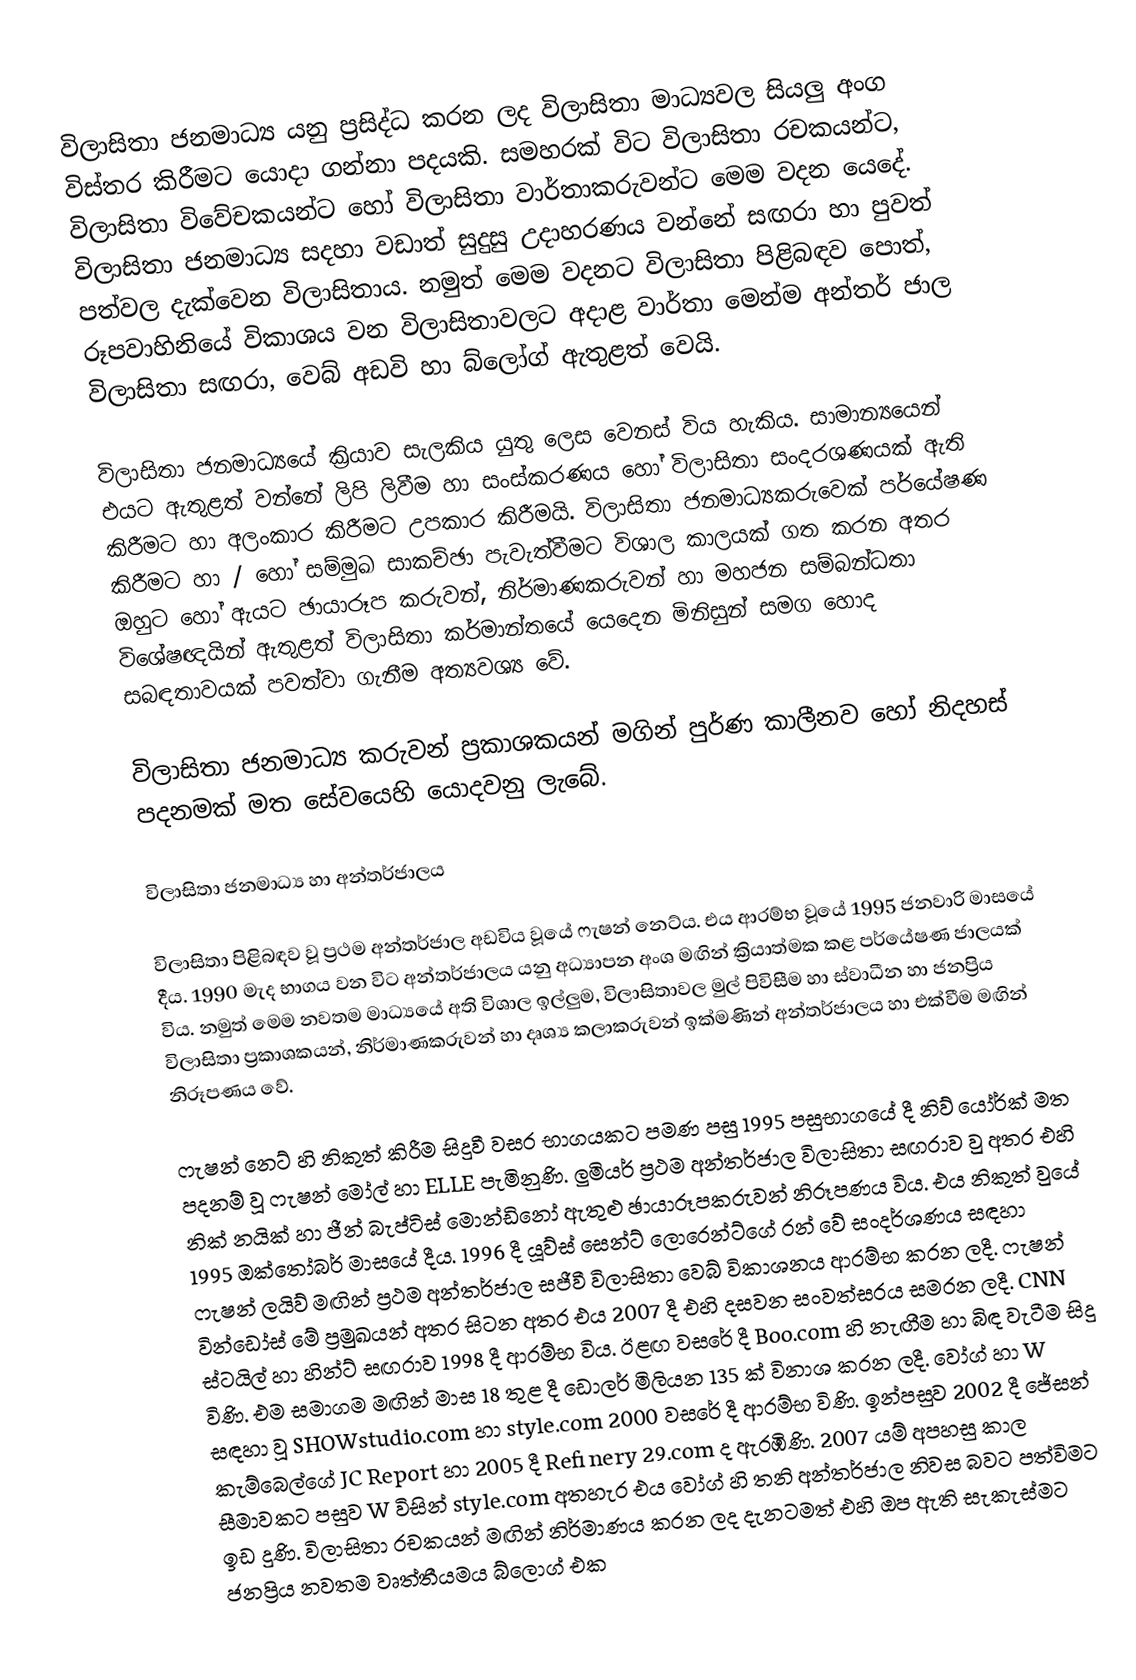
විලාසිතා ජනමාධ්‍ය යනු ප්‍රසිද්ධ කරන ලද විලාසිතා මාධ්‍යවල සියලු අංග විස්තර කිරීමට යොදා ගන්නා පදයකි. සමහරක් විට විලාසිතා රචකයන්ට, විලාසිතා විවේචකයන්ට හෝ විලාසිතා වාර්තාකරුවන්ට මෙම වදන යෙදේ. විලාසිතා ජනමාධ්‍ය සදහා වඩාත් සුදුසු උදාහරණය වන්නේ සඟරා හා පුවත් පත්වල දැක්වෙන විලාසිතාය. නමුත් මෙම වදනට විලාසිතා පිළිබඳව පොත්, රූපවාහිනියේ විකාශය වන විලාසිතාවලට අදාළ වාර්තා මෙන්ම අන්තර් ජාල විලාසිතා සඟරා, වෙබ් අඩවි හා බ්ලෝග් ඇතුළත් වෙයි.

විලාසිතා ජනමාධ්‍යයේ ක්‍රියාව සැලකිය යුතු ලෙස වෙනස් විය හැකිය. සාමාන්‍යයෙන් එයට ඇතුළත් වන්නේ ලිපි ලිවීම හා සංස්කරණය හෝ විලාසිතා සංදරශණයක් ඇති කිරීමට හා අලංකාර කිරීමට උපකාර කිරීමයි. විලාසිතා ජනමාධ්‍යකරුවෙක් පර්යේෂණ කිරීමට හා / හෝ සම්මුඛ සාකච්ඡා පැවැත්වීමට විශාල කාලයක් ගත කරන අතර ඔහුට හෝ ඇයට ඡායාරූප කරුවන්, නිර්මාණකරුවන් හා මහජන සම්බන්ධතා විශේෂඥයින් ඇතුළත් විලාසිතා කර්මාන්තයේ යෙදෙන මිනිසුන් සමග හොද සබඳතාවයක් පවත්වා ගැනීම අත්‍යවශ්‍ය වේ.

විලාසිතා ජනමාධ්‍ය කරුවන් ප්‍රකාශකයන් මගින් පුර්ණ කාලීනව හෝ නිදහස් පදනමක් මත සේවයෙහි යොදවනු ලැබේ.

විලාසිතා ජනමාධ්‍ය හා අන්තර්ජාලය

විලාසිතා පිළිබඳව වූ ප්‍රථම අන්තර්ජාල අඩවිය වූයේ ෆැෂන් නෙට්ය. එය ආරම්භ වූයේ 1995 ජනවාරි මාසයේ දීය. 1990 මැද භාගය වන විට අන්තර්ජාලය යනු අධ්‍යාපන අංශ මඟින් ක්‍රියාත්මක කළ පර්යේෂණ ජාලයක් විය. නමුත් මෙම නවතම මාධ්‍යයේ අති විශාල ඉල්ලුම, විලාසිතාවල මුල් පිවිසීම හා ස්වාධීන හා ජනප්‍රිය විලාසිතා ප්‍රකාශකයන්, නිර්මාණකරුවන් හා දෘශ්‍ය කලාකරුවන් ඉක්මණින් අන්තර්ජාලය හා එක්වීම මඟින් නිරූපණය වේ.

ෆැෂන් නෙට් හි නිකුත් කිරීම සිදුවී වසර භාගයකට පමණ පසු 1995 පසුභාගයේ දී නිව් යෝර්ක් මත පදනම් වූ ෆැෂන් මෝල් හා ELLE පැමිනුණි. ලුමියර් ප්‍රථම අන්තර්ජාල විලාසිතා සඟරාව වු අතර එහි නික් නයික් හා ජීන් බැප්ටිස් මොන්ඩිනෝ ඇතුළු ඡායාරූපකරුවන් නිරූපණය විය. එය නිකුත් වුයේ 1995 ඔක්තෝබර් මාසයේ දීය. 1996 දී යූව්ස් සෙන්ට් ලොරෙන්ට්ගේ රන් වේ සංදර්ශණය සඳහා ෆැෂන් ලයිව් මඟින් ප්‍රථම අන්තර්ජාල සජීවී විලාසිතා වෙබ් විකාශනය ආරම්භ කරන ලදී. ෆැෂන් වින්ඩෝස් මේ ප්‍රමුඛයන් අතර සිටන අතර එය 2007 දී එහි දසවන සංවත්සරය සමරන ලදී. CNN ස්ටයිල් හා හින්ට් සඟරාව 1998 දී ආරම්භ විය. ඊළඟ වසරේ දී Boo.com හි නැඟීම හා බිඳ වැටීම සිදු විණි. එම සමාගම මඟින් මාස 18 තුළ දී ඩොලර් මිලියන 135 ක් විනාශ කරන ලදී. වෝග් හා W සඳහා වූ SHOWstudio.com හා style.com 2000 වසරේ දී ආරම්භ විණි. ඉන්පසුව 2002 දී ජේසන් කැම්බෙල්ගේ JC Report හා 2005 දී Refinery 29.com ද ඇරඹිණි. 2007 යම් අපහසු කාල සීමාවකට පසුව W විසින් style.com අතහැර එය වෝග් හි තනි අන්තර්ජාල නිවස බවට පත්විමට ඉඩ දුණි. විලාසිතා රචකයන් මඟින් නිර්මාණය කරන ලද දැනටමත් එහි ඔප ඇති සැකැස්මට ජනප්‍රිය නවතම වෘත්තීයමය බ්ලොග් එක